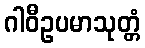
ဂါဝီဥပမာသုတ္တံ